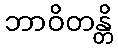
ဘာဝိတန္တိ